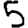
Digit: 5